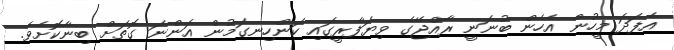
އެފަދަ މީހުން އެހެން ބުނަނީ ރާއްޖޭގެ ވިޔަފާރީގައި ކަންހިނގަމުން އަންނަ ގޮތަށް ބިނާކޮށެވެ.